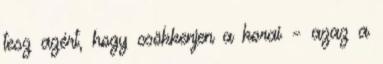
tesz azért, hogy csökkenjen a korai – azaz a